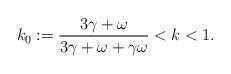
LaTeX: \begin{align*} k_{0}:=\frac{3\gamma+\omega}{3\gamma+\omega+\gamma\omega} < k < 1. \end{align*}